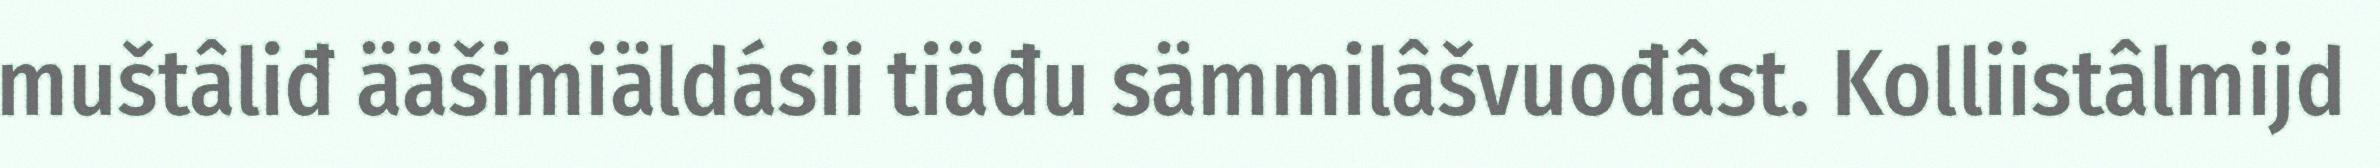
muštâliđ ääšimiäldásii tiäđu sämmilâšvuođâst. Kolliistâlmijd